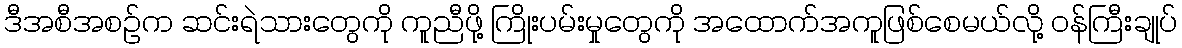
ဒီအစီအစဉ်က ဆင်းရဲသားတွေကို ကူညီဖို့ ကြိုးပမ်းမှုတွေကို အထောက်အကူဖြစ်စေမယ်လို့ ဝန်ကြီးချုပ်